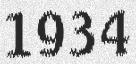
1934